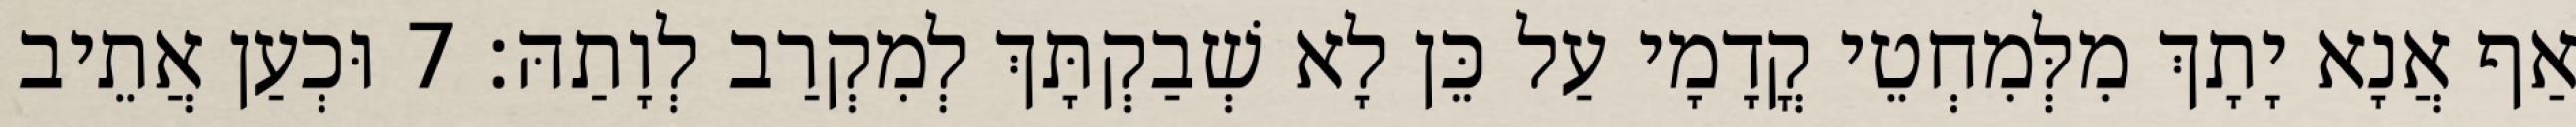
אַף אֲנָא יָתָךְ מִלְּמִחְטֵי קֳדָמָי עַל כֵּן לָא שְׁבַקְתָּךְ לְמִקְרַב לְוָתַהּ׃ 7 וּכְעַן אֲתֵיב